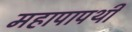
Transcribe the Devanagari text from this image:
महापापथी